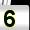
Digit: 5